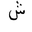
Letter: _shin